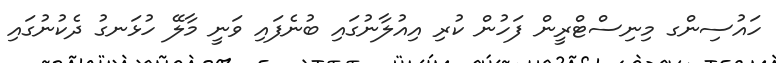
ހައުސިންގ މިނިސްޓްރީން ފަހުން ކުރި އިއުލާނުގައި ބުނެފައި ވަނީ މާލޭ ހުޅަނގު ދެކުނުގައި